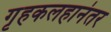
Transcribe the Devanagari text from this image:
गृहकलहानंतर